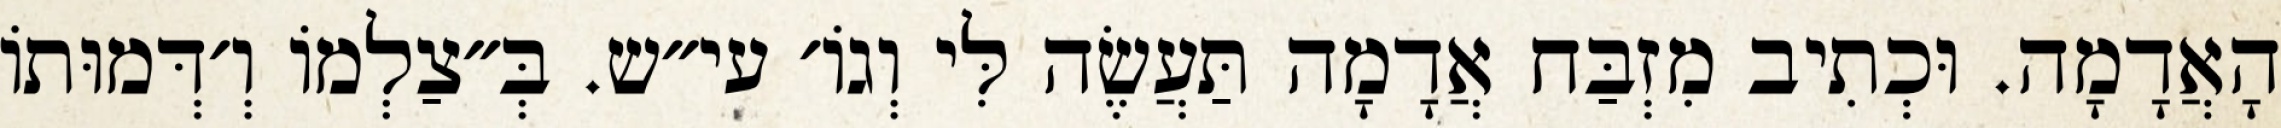
הָאֲדָמָה. וּכְתִיב מִזְבַּח אֲדָמָה תַּעֲשֶׂה לִּי וְגוֹ׳ עי״ש. בְּ״צַלְמוֹ וְ׳דְּמוּתוֹ